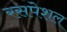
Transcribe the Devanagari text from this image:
रसपेशल